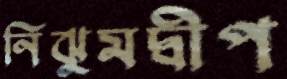
নিঝুমদ্বীপ